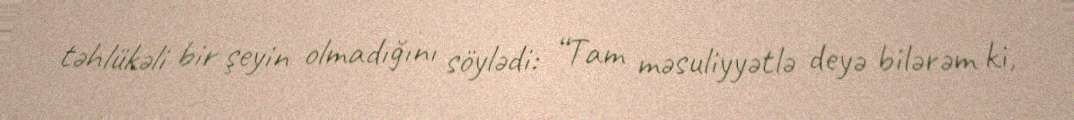
təhlükəli bir şeyin olmadığını söylədi: “Tam məsuliyyətlə deyə bilərəm ki,